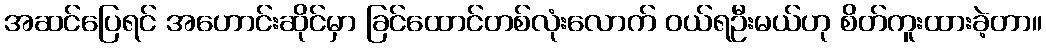
အဆင်ပြေရင် အဟောင်းဆိုင်မှာ ခြင်ထောင်တစ်လုံးလောက် ဝယ်ရဦးမယ်ဟု စိတ်ကူးထားခဲ့တာ။